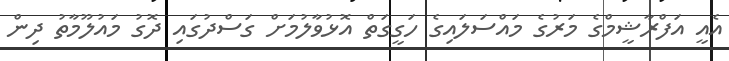
އެއީ އަފްރާޝީމްގެ މަރުގެ މައްސަލައިގެ ހަގީގަތް އޮޅުވާލުމަށް ގަސްދުގައި ދޮގު މައުލޫމާތު ދިން